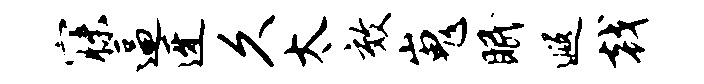
寐逼迓久太效嵬眠遐戟